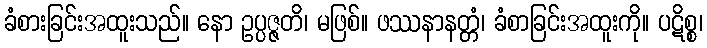
ခံစားခြင်းအထူးသည်။ နော ဥပ္ပဇ္ဇတိ၊ မဖြစ်။ ဖဿနာနတ္တံ၊ ခံစာခြင်းအထူးကို။ ပဋိစ္စ၊